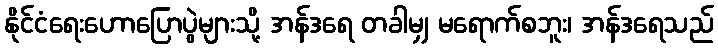
နိုင်ငံရေးဟောပြောပွဲများသို့ အန်ဒရေ တခါမျှ မရောက်စဘူး၊ အန်ဒရေသည်